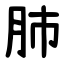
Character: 肺